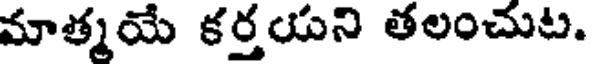
మాత్మయే కర్తయని తలంచుట.